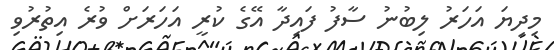
މިދިޔަ އަހަރު ލިބުނު ސާފު ފައިދާ އޭގެ ކުރީ އަހަރަށް ވުރެ އިތުރުވި